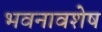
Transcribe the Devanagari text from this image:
भवनावशेष